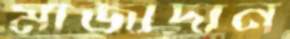
মাজাদান